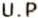
U.P